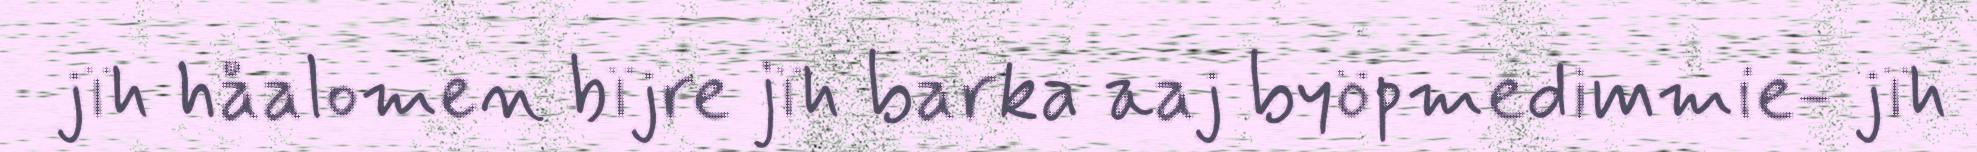
jïh håalomen bïjre jïh barka aaj byöpmedimmie- jïh